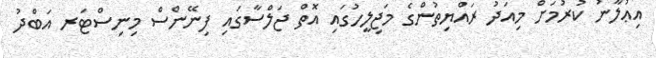
އިޢުލާނު ކުރުމަށް މިއަދު ރައްޔިތުންގެ މަޖިލީހުގައި އޮތް ޖަލްސާގައި ފިނޭންސް މިނިސްޓަރ އަބްދު